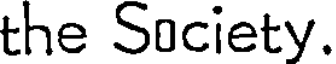
the Society.